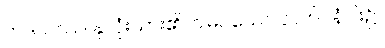
ဟဒယဿ၊ နှလုံးသား၏။ ဝါမပဿေ၊ လက်ဝဲနံပါး၌။